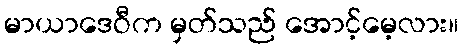
မာယာဒေဝီက မှတ်သည် အောင့်မေ့လား။